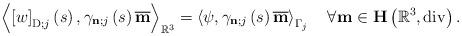
LaTeX: \begin{align*}\left\langle \left[ w\right] _{\operatorname*{D};j}\left( s\right) ,\gamma_{\mathbf{n};j}\left( s\right) \overline{\mathbf{m}}\right\rangle _{\mathbb{R}^{3}}=\left\langle \psi,\gamma_{\mathbf{n};j}\left( s\right) \overline{\mathbf{m}}\right\rangle _{\Gamma_{j}}\quad\forall\mathbf{m}\in\mathbf{H}\left(\mathbb{R}^{3},\operatorname*{div}\right) .\end{align*}